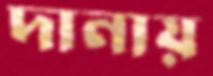
দানায়